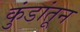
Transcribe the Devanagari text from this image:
कुंडांतून